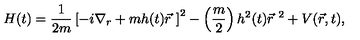
H ( t ) = \frac { 1 } { 2 m } \left[ - i { \nabla } _ { r } + m h ( t ) \vec { r } \ \right] ^ { 2 } - \left( \frac { m } { 2 } \right) h ^ { 2 } ( t ) { \vec { r } } ^ { \ 2 } + V ( \vec { r } , t ) ,